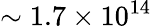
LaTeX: \sim 1.7\times 10^{14}